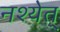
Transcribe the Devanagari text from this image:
नश्येत्